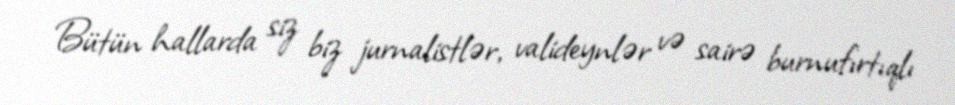
Bütün hallarda siz biz jurnalistlər, valideynlər və sairə burnufırtıqlı